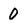
Character: 0